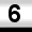
Digit: 6